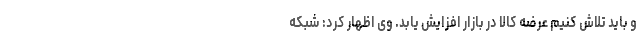
و باید تلاش کنیم عرضه کالا در بازار افزایش یابد. وی اظهار کرد: شبکه